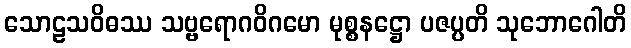
သောဠသဝိဓဿ သဗ္ဗရောဂဝိဂမော မုစ္စနဋ္ဌော ပဇပ္ပတိ သုဘောဂေါတိ